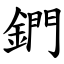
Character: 鍆